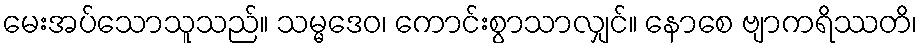
မေးအပ်သောသူသည်။ သမ္မဒေဝ၊ ကောင်းစွာသာလျှင်။ နောစေ ဗျာကရိဿတိ၊